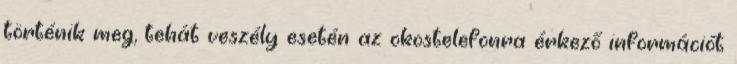
történik meg, tehát veszély esetén az okostelefonra érkező információt